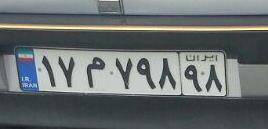
۱۷م۷۹۸۹۸